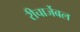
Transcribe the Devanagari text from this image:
रीचार्जेबल